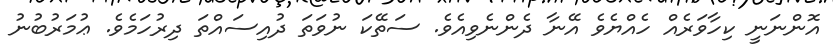
އޮންނަނީ ކިހާވަރެއް ހެއްޔެވެ އޭނާ ދެންނެވިއެވެ. ސަތޭކަ ނުވަތަ ދުއިސައްތަ ދިރުހަމެވެ. ޢުމަރުބުނު